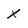
Character: X